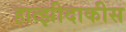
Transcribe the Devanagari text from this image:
हात्झीदाकीस